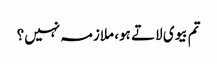
تم بیوی لاتے ہو، ملازمہ نہیں؟